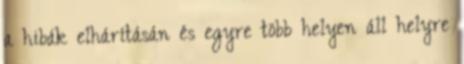
a hibák elhárításán és egyre több helyen áll helyre